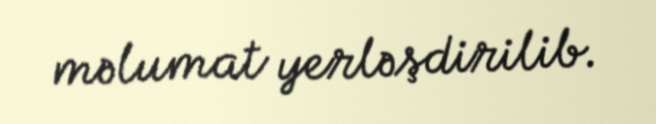
məlumat yerləşdirilib.